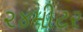
૨૪મીટર